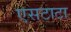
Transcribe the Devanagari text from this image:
एसटाटा